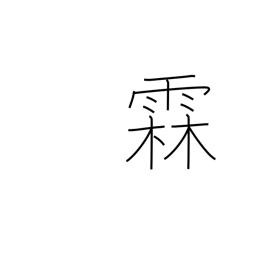
Meaning: long rainy spell